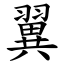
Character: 翼